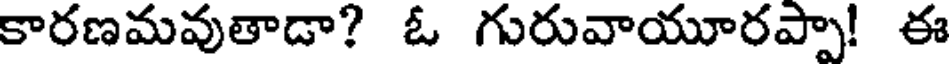
కారణమవుతాడా? ఓ గురువాయూరప్పా! ఈ